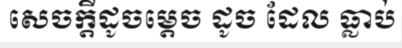
សេចក្តីដូចម្តេច ដូច ដែល ធ្លាប់